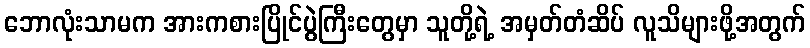
ဘောလုံးသာမက အားကစားပြိုင်ပွဲကြီးတွေမှာ သူတို့ရဲ့ အမှတ်တံဆိပ် လူသိများဖို့အတွက်